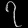
Digit: ၇